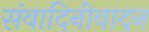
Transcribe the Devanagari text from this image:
संवादिनीवादन